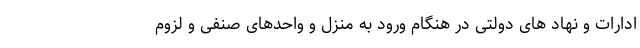
ادارات و نهاد های دولتی در هنگام ورود به منزل و واحدهای صنفی و لزوم